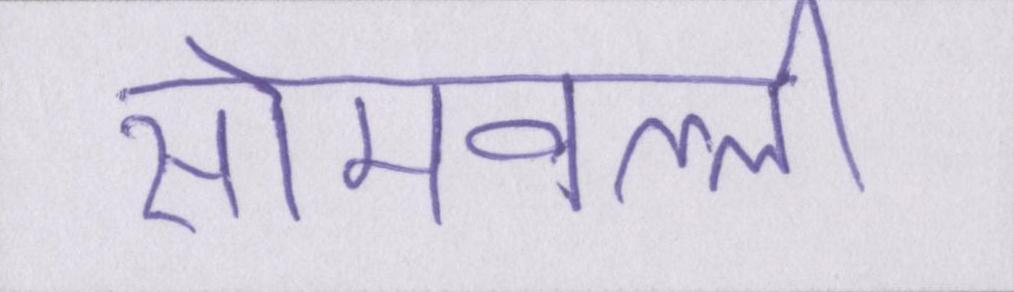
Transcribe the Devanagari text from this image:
सोमवल्ली